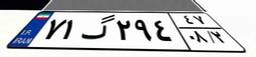
۳۴گ۶۱۱۰۳